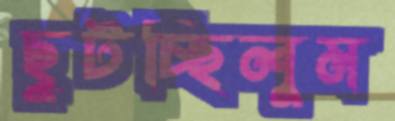
ছুটচ্ছিলুম